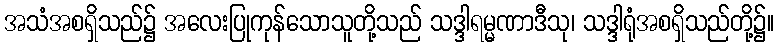
အသံအစရှိသည်၌ အလေးပြုကုန်သောသူတို့သည် သဒ္ဒါရမ္မဏာဒီသု၊ သဒ္ဒါရုံအစရှိသည်တို့၌။